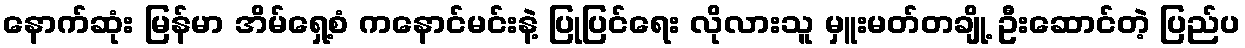
နောက်ဆုံး မြန်မာ အိမ်ရှေ့စံ ကနောင်မင်းနဲ့ ပြုပြင်ရေး လိုလားသူ မှူးမတ်တချို့ ဦးဆောင်တဲ့ ပြည်ပ